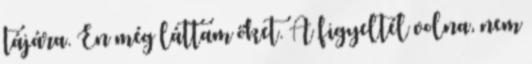
tájára. Én még láttam őket. A figyeltél volna, nem